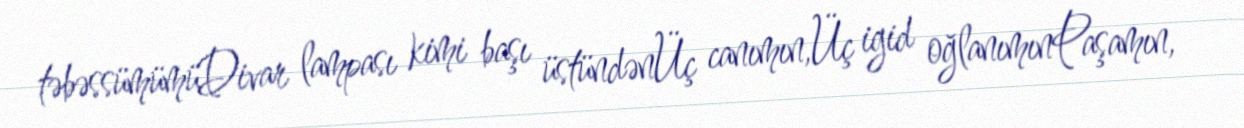
təbəssümümüDivar lampası kimi başı üstündənÜç canımın,Üç igid oğlanımınPaşamın,